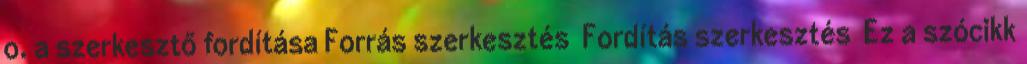
o. a szerkesztő fordítása Forrás szerkesztés Fordítás szerkesztés Ez a szócikk